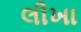
લીખા